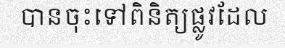
បានចុះទៅពិនិត្យផ្លូវដែល